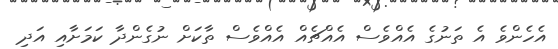
އެހެންވެ އެ ތަނުގެ އެއްވެސް އެއްޗެއް އެއްވެސް ތާކަށް ނުގެންދާ ކަމަށާއި އަދި